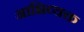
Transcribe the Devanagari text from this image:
आभिव्यक्त